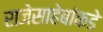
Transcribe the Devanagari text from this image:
राजेसाहेबांकडे